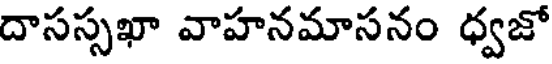
దాసస్సఖా వాహనమాసనం ధ్వజో